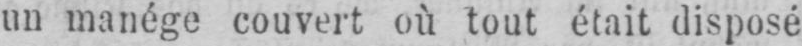
un manége couvert où tout était disposé